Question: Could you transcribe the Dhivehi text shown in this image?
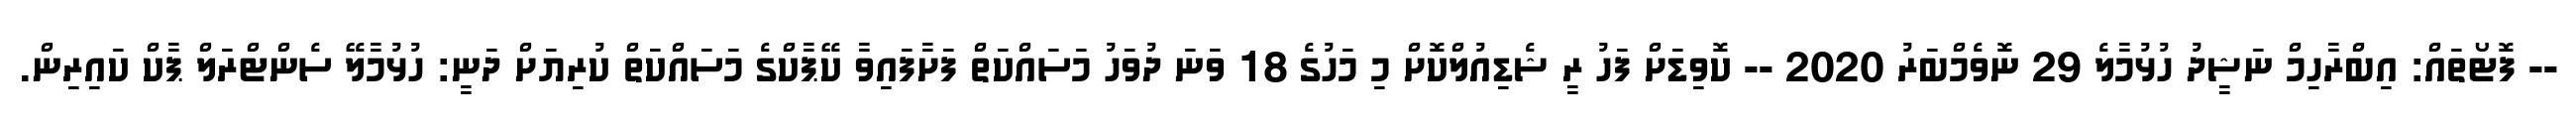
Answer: -- ފޮޓޯތައް: އިބްރާހިމް ނަޝީދު ހުޅުމާލެ 29 ނޮވެމްބަރު 2020 -- ކޮވިޑަށް ފަހު ރީ ޝެޑިއުލްކޮށް މި މަހުގެ 18 ވަނަ ދުވަހު މަސައްކަތް ފަށާފައިވާ ކޭޕާކްގެ މަސައްކަތް ކުރިޔަށް ދަނީ: ހުޅުމާލޭ ސެންޓްރަލް ޕާކް ކައިރިން.